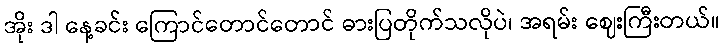
အိုး ဒါ နေ့ခင်း ကြောင်တောင်တောင် ဓားပြတိုက်သလိုပဲ၊ အရမ်း ဈေးကြီးတယ်။